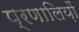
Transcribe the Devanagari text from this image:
प्रणालिय़ों